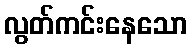
လွတ်ကင်းနေသော